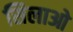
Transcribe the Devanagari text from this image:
सिलाओ